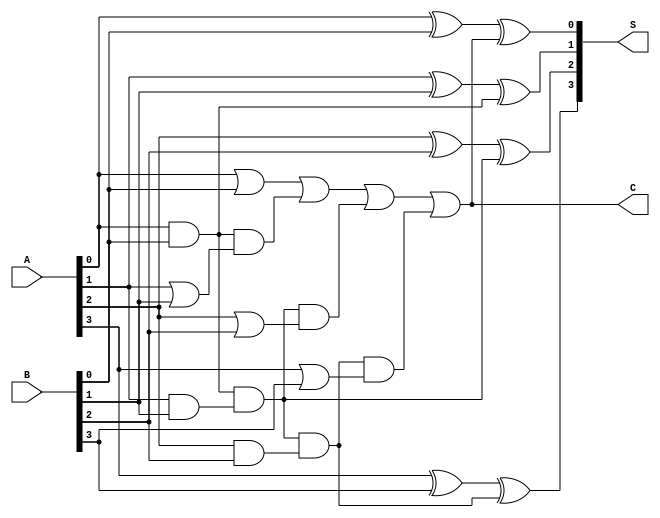
module carry_lookahead_adder (
  input wire [3:0] A,  // 4-bit input A
  input wire [3:0] B,  // 4-bit input B
  output reg [3:0] S,  // 4-bit sum output
  output reg C         // carry output
);

  wire [3:0] P, G;     // carry generate and propagate signals

  assign P[0] = A[0] & B[0];
  assign G[0] = A[0] | B[0];

  assign P[1] = A[1] & B[1];
  assign G[1] = A[1] | B[1];

  assign P[2] = A[2] & B[2];
  assign G[2] = A[2] | B[2];

  assign P[3] = A[3] & B[3];
  assign G[3] = A[3] | B[3];

  assign S[0] = A[0] ^ B[0] ^ C;
  assign S[1] = A[1] ^ B[1] ^ P[0];
  assign S[2] = A[2] ^ B[2] ^ (P[0] & P[1]);
  assign S[3] = A[3] ^ B[3] ^ (P[0] & P[1] & P[2]);

  always @(*) begin
    C = G[0] | (P[0] & G[1]) | (P[0] & P[1] & G[2]) | (P[0] & P[1] & P[2] & G[3]);
  end

endmodule